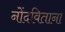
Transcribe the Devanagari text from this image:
नोंदविताना